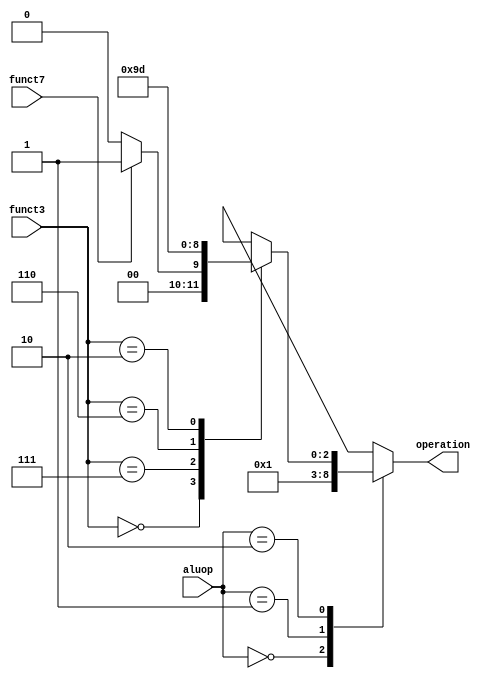
module alucontrol(aluop,funct3,funct7,operation);
input [1:0] aluop;
input [2:0] funct3;
input funct7;
output [2:0] operation;
reg[2:0] operation;
wire [13:0] control;
  always @(*)
begin 
case(aluop)
2'b00: operation=3'b000;
2'b01: operation=3'b001;
2'b10: begin
       case(funct3)
       3'b000:operation=funct7? 3'b001 : 3'b000;
       3'b111:operation=3'b010;
       3'b110:operation=3'b011;
       3'b010:operation=3'b101;
       default: operation = 3'bxxx;
       endcase
       end
default: operation= 3'bxxx;
endcase
end
endmodule